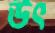
উৎ